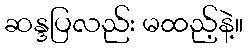
ဆန္ဒပြလည်း မထည့်နဲ့။